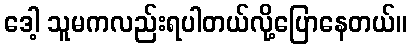
ဒေါ့ သူမကလည်းရပါတယ်လို့ပြောနေတယ်။